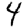
Digit: 4